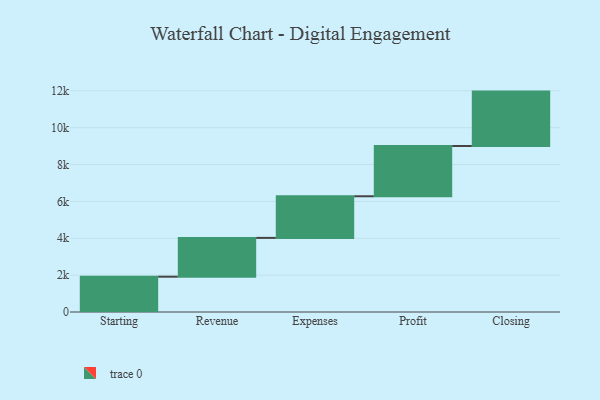
{"axis": {"x": "Step", "y": "Value"}, "legend": [""], "data": [{"x": "Starting", "y": 1916.0, "type": ""}, {"x": "Revenue", "y": 2105.0, "type": ""}, {"x": "Expenses", "y": 2258.0, "type": ""}, {"x": "Profit", "y": 2727.0, "type": ""}, {"x": "Closing", "y": 2952.0, "type": ""}]}